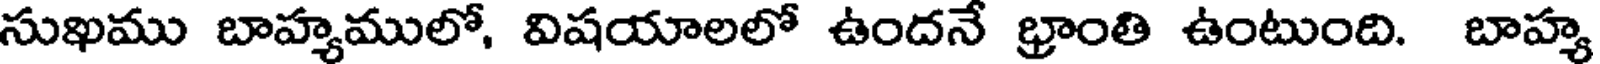
సుఖము బాహ్యములో, విషయాలలో ఉందనే భ్రాంతి ఉంటుంది. బాహ్య